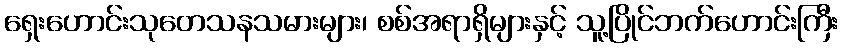
ရှေးဟောင်းသုတေသနသမားများ၊ စစ်အရာရှိများနှင့် သူ့ပြိုင်ဘက်ဟောင်းကြီး